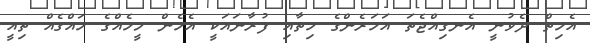
އެހިތް ދެވުނީ އެނގިއްޖެތަ އަހަރެންގެ ހިތާއި ފުރާނައަކީ އެހެން މީހެއްގެ ހައްގެއް ތިއީ